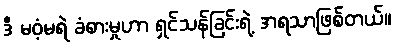
ဒီ မဝံ့မရဲ ခံစားမှုဟာ ရှင်သန်ခြင်းရဲ့ အရသာဖြစ်တယ်။